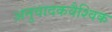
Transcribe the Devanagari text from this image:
अनुवादकवैश्विक